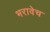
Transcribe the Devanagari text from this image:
भरावेच